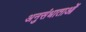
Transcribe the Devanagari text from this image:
अनुसंधाताओं